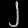
Digit: ၂